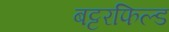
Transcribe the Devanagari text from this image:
बट्टरफिल्ड